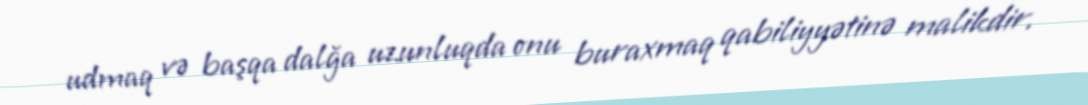
udmaq və başqa dalğa uzunluqda onu buraxmaq qabiliyyətinə malikdir.